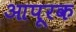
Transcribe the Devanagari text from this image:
आपूरक